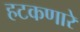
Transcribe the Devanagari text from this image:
हटकणारे